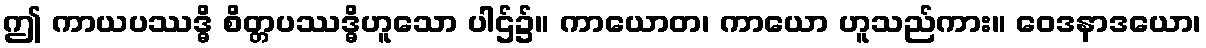
ဤ ကာယပဿဒ္ဓိ စိတ္တပဿဒ္ဓိဟူသော ပါဌ်၌။ ကာယောတ၊ ကာယော ဟူသည်ကား။ ဝေဒနာဒယော၊